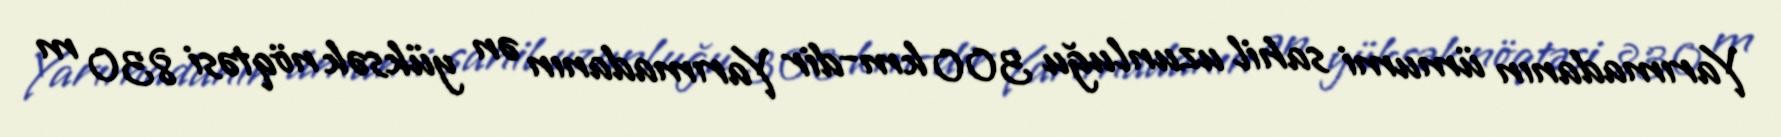
Yarımadanın ümumi sahil uzunluğu 300 km-dir Yarımadanın ən yüksək nöqtəsi 830 m